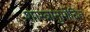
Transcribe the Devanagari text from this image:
शास्त्रानुमोदित